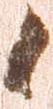
候